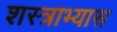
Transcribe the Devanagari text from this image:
शस्त्राभ्यास